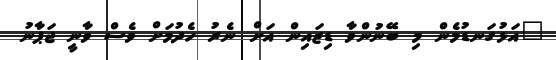
"އަޅުގަނޑުމެން މި ބޭނުންވާ ޑިޒައިން އަށް ނެރު ހެދުމަށް ވެސް ވާނީ ޖަޕާނު